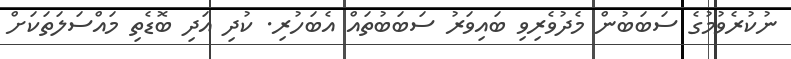
ނުކުރެވުމުގެ ސަބަބުން މެދުވެރިވި ބައިވަރު ސަބަބުތައް އެބަހުރި. ކުދި އަދި ބޮޑެތި މައްސަލަތަކަށް